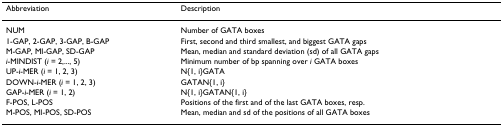
| Abbreviation | Description |
 | --- | --- |
 | NUM | Number of GATA boxes |
 | 1-GAP, 2-GAP, 3-GAP, B-GAP | First, second and third smallest, and biggest GATA gaps |
 | M-GAP, MI-GAP, SD-GAP | Mean, median and standard deviation (sd) of all GATA gaps |
 | i-MINDIST (i = 2,..., 5) | Minimum number of bp spanning over i GATA boxes |
 | UP-i-MER (i = 1, 2, 3) | N{1, i}GATA |
 | DOWN-i-MER (i = 1, 2, 3) | GATAN{1, i} |
 | GAP-i-MER (i = 1, 2) | N{1, i}GATAN{1, i} |
 | F-POS, L-POS | Positions of the first and of the last GATA boxes, resp. |
 | M-POS, MI-POS, SD-POS | Mean, median and sd of the positions of all GATA boxes |